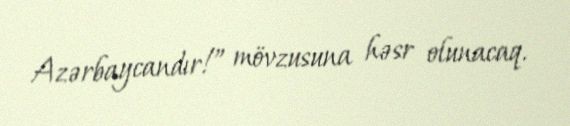
Azərbaycandır!” mövzusuna həsr olunacaq.